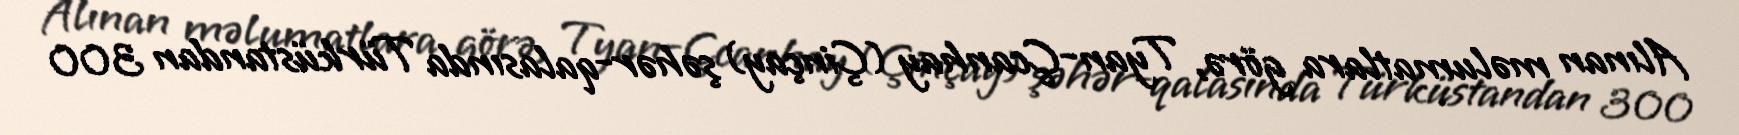
Alınan məlumatlara görə, Tyan-Çcanhay (Çinçay) şəhər-qalasında Türküstandan 300